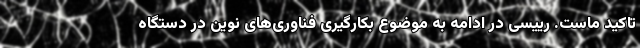
تاکید ماست. رییسی در ادامه به موضوع بکارگیری فناوری‌های نوین در دستگاه